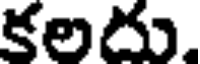
కలదు.